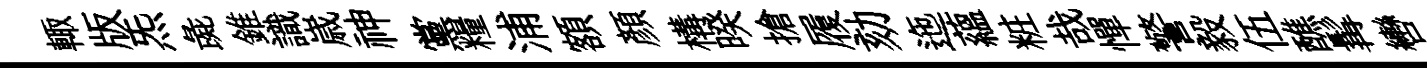
輙版炁彘錐識𡻕神黨糧浦額顏構暌搶履劾迤蘊粧哉憚警毅伍醮髯轡